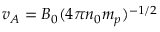
v _ { A } = B _ { 0 } ( 4 \pi n _ { 0 } m _ { p } ) ^ { - 1 / 2 }